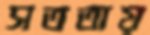
সততায়